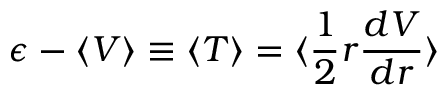
\epsilon - \langle V \rangle \equiv \langle T \rangle = \langle \frac { 1 } { 2 } r \frac { d V } { d r } \rangle